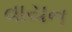
વાયન